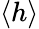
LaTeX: \langle h\rangle